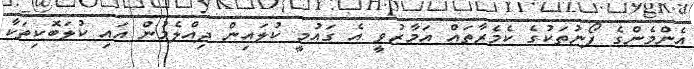
އެންމެންގެ ފޯނުތަކުގެ ކެމެރާތައް އަމާޒުވީ އެ ގައުމީ ކުލައިން ދިއްލެމުން އައި ކުލަބޮކިތަކާ